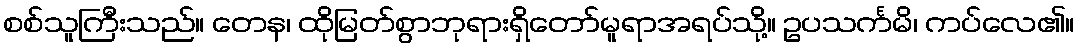
စစ်သူကြီးသည်။ တေန၊ ထိုမြတ်စွာဘုရားရှိတော်မူရာအရပ်သို့။ ဥပသင်္ကမိ၊ ကပ်လေ၏။